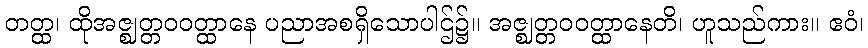
တတ္ထ၊ ထိုအဇ္ဈတ္တဝဝတ္ထာနေ ပညာအစရှိသောပါဌ်၌။ အဇ္ဈတ္တဝဝတ္ထာနေတိ၊ ဟူသည်ကား။ ဧဝံ၊